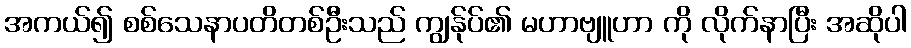
အကယ်၍ စစ်သေနာပတိတစ်ဦးသည် ကျွန်ုပ်၏ မဟာဗျူဟာ ကို လိုက်နာပြီး အဆိုပါ